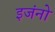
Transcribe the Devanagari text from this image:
इजंनो